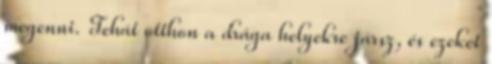
megenni. Tehát otthon a drága helyekre jársz, és ezeket